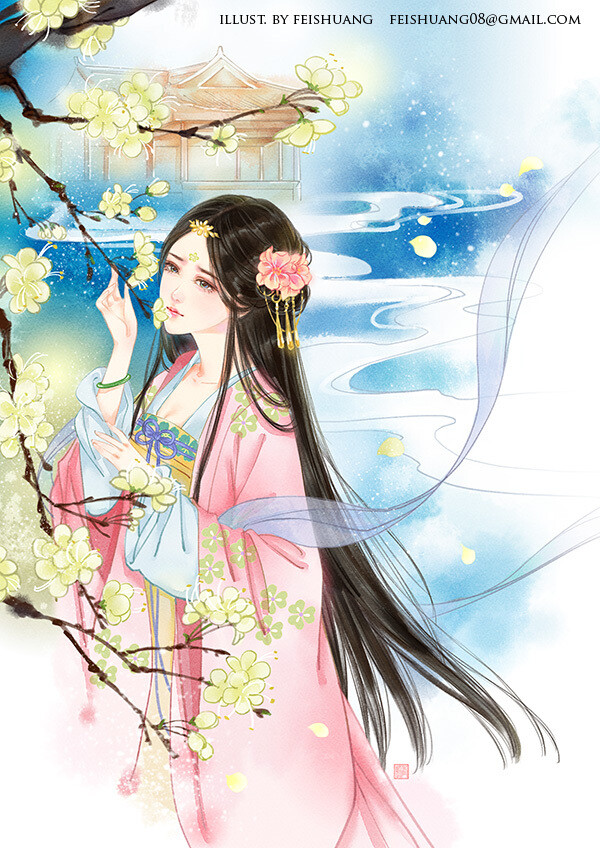
昨日邻家乞新火，晓窗分与读书灯。